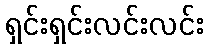
ရှင်းရှင်းလင်းလင်း